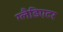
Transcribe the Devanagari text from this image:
ग्‍लैडिएटर